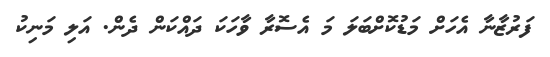
ފަރުޒާނާ އެހަށް މަޑުކޮށްބަލަ މަ އެސޮރާ ވާހަކަ ދައްކަން ދެން. އަލި މަނިކު